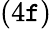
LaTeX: (4\mathtt{f})